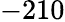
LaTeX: -210